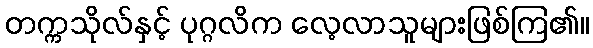
တက္ကသိုလ်နှင့် ပုဂ္ဂလိက လေ့လာသူများဖြစ်ကြ၏။